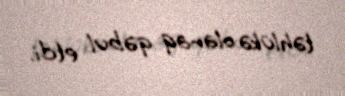
təhlükə olaraq qəbul etdi.